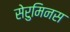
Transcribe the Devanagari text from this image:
सेरुमिनस